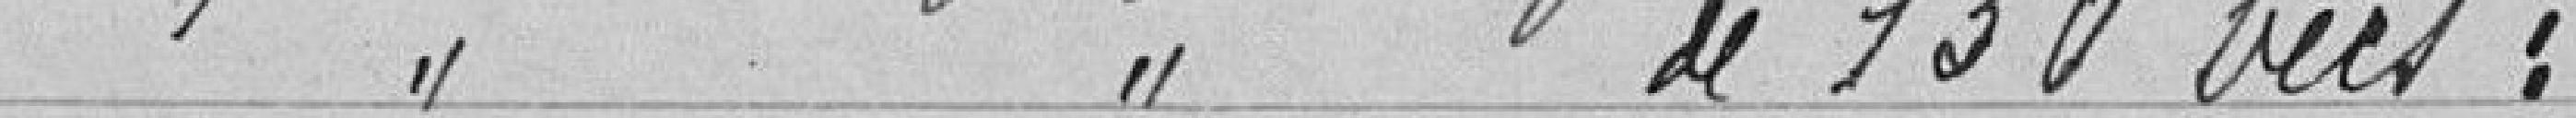
Compteurs à gaz de 130 becs :